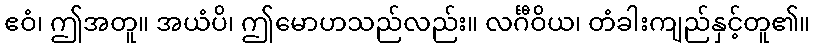
ဧဝံ၊ ဤအတူ။ အယံပိ၊ ဤမောဟသည်လည်း။ လင်္ဂီဝိယ၊ တံခါးကျည်နှင့်တူ၏။